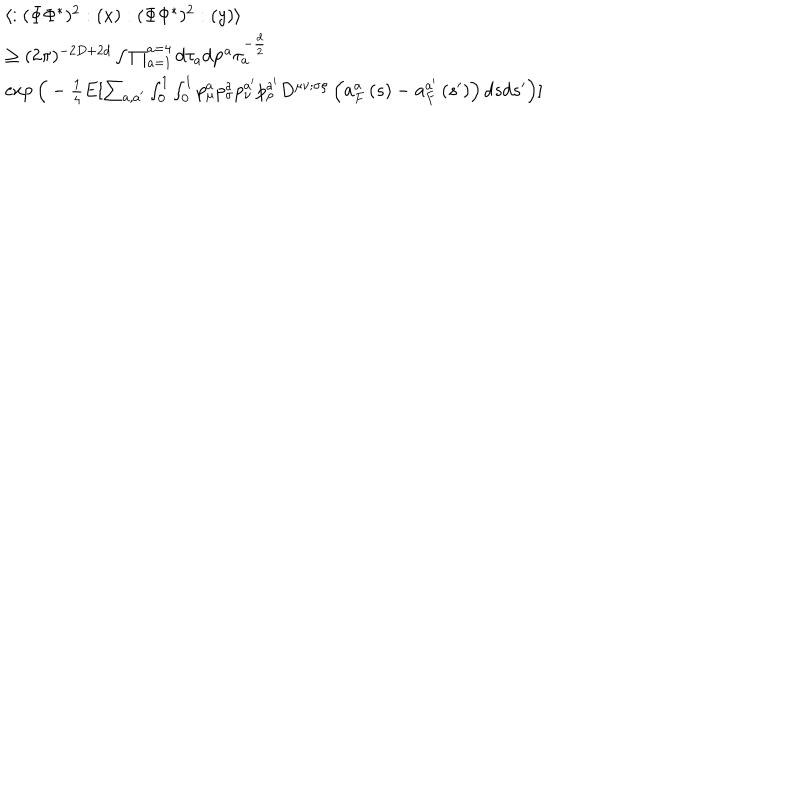
LaTeX: \begin{array} { l } { { \langle : ( \Phi \Phi ^ { * } ) ^ { 2 } : ( x ) : ( \Phi \Phi ^ { * } ) ^ { 2 } : ( y ) \rangle } } \\ { { \geq ( 2 \pi ) ^ { - 2 D + 2 d } \int \prod _ { a = 1 } ^ { a = 4 } d \tau _ { a } d { \bf p } ^ { a } \tau _ { a } ^ { - \frac { d } { 2 } } } } \\ { { \exp \Big ( - \frac { 1 } { 4 } E [ \sum _ { a , a ^ { \prime } } \int _ { 0 } ^ { 1 } \int _ { 0 } ^ { 1 } p _ { \mu } ^ { a } p _ { \sigma } ^ { a } p _ { \nu } ^ { a ^ { \prime } } p _ { \rho } ^ { a ^ { \prime } } D ^ { \mu \nu ; \sigma \rho } \left( { \bf a } _ { F } ^ { a } \left( s \right) - { \bf a } _ { F } ^ { a ^ { \prime } } \left( s ^ { \prime } \right) \right) d s d s ^ { \prime } \Big ) ] } } \\ \end{array}